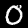
Label: 0